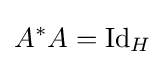
A^{*}A=\operatorname {Id} _{H}